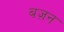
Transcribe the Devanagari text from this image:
बज़न